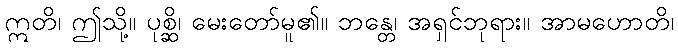
ဣတိ၊ ဤသို့။ ပုစ္ဆိ၊ မေးတော်မူ၏။ ဘန္တေ၊ အရှင်ဘုရား။ အာမဟောတိ၊